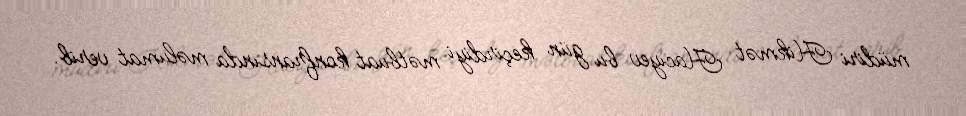
müdiri Hikmət Hacıyev bu gün keçirdiyi mətbuat konfransında məlumat verib.